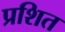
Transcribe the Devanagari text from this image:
प्रशित